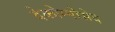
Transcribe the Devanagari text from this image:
देकोम्पोसेद